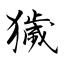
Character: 獩